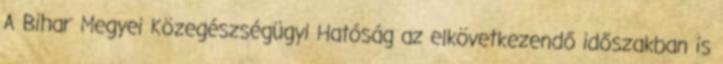
A Bihar Megyei Közegészségügyi Hatóság az elkövetkezendő időszakban is